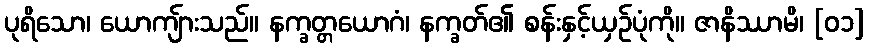
ပုရိသော၊ ယောကျ်ားသည်။ နက္ခတ္တယောဂံ၊ နက္ခတ်၏ စန်းနှင့်ယှဉ်ပုံကို။ ဇာနိဿာမိ၊ [၀၁]